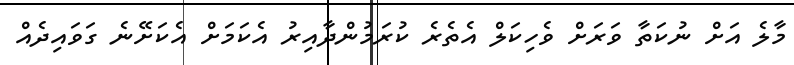
މާލެ އަށް ނުކަތާ ވަރަށް ވެހިކަލް އެތެރެ ކުރަމުންދާއިރު އެކަމަށް އެކަށޭނެ ގަވައިދެއް